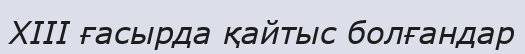
XIII ғасырда қайтыс болғандар